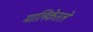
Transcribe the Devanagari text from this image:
मालिकेतले